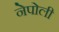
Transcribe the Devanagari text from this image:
नेपोली